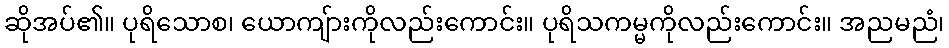
ဆိုအပ်၏။ ပုရိသောစ၊ ယောကျ်ားကိုလည်းကောင်း။ ပုရိသကမ္မကိုလည်းကောင်း။ အညမညံ၊